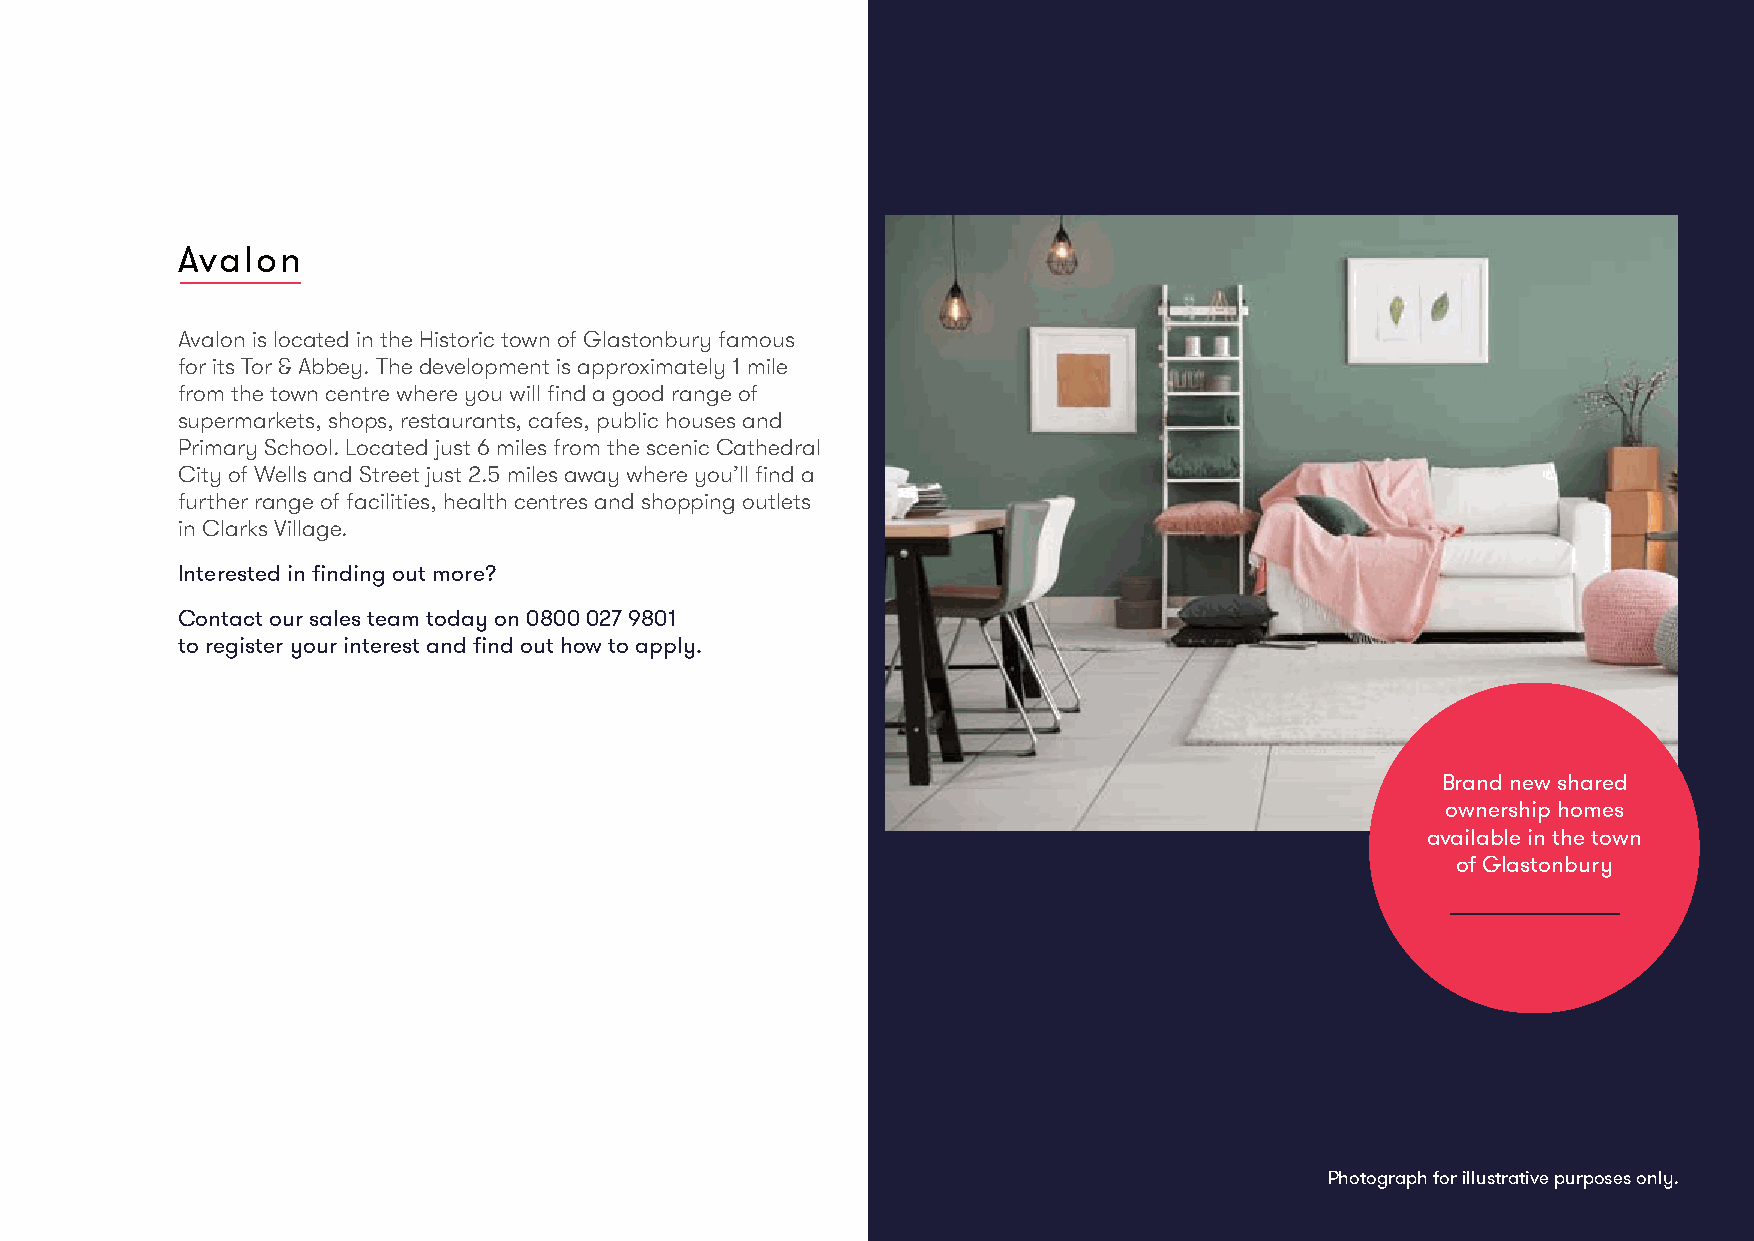
Avalon
 Avalon is located in the Historic town of Glastonbury famous
 for its Tor & Abbey. The development is approximately 1 mile
 from the town centre where you will find a good range of
 supermarkets, shops, restaurants, cafes, public houses and
 Primary School. Located just 6 miles from the scenic Cathedral
 City of Wells and Street just 2.5 miles away where you’ll find a
 further range of facilities, health centres and shopping outlets
 in Clarks Village.
 Interested in finding out more?
 Contact our sales team today on 0800 027 9801
 to register your interest and find out how to apply.
 Brand new shared
 ownership homes
 available in the town
 of Glastonbury
 Photograph for illustrative purposes only.